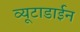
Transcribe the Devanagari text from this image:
व्यूटाडाईन